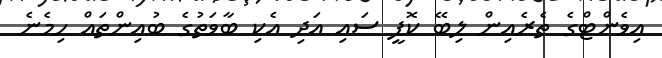
އިވެންޓްގެ ތެރެއިން ލިބޭ ކޮފީ ސައި އަދި އެކި ބާވަތުގެ ބުއިންތައް ހިމެނެ